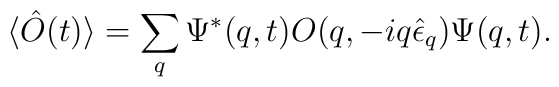
\langle \hat{O}(t)\rangle =\sum_q \Psi^*(q,t)O(q,-iq\hat{\epsilon}_q)\Psi(q,t).